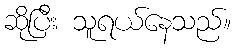
ဆိုပြီး သူရယ်နေသည်။